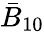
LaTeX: \bar{B}_{10}